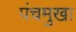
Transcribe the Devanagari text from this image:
पंचमुखा